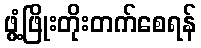
ဖွံ့ဖြိုးတိုးတက်စေရန်